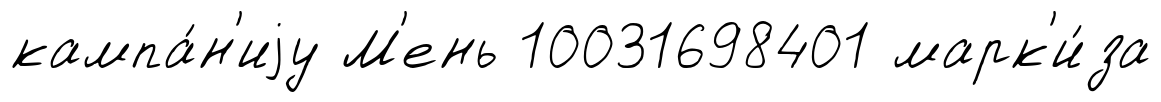
кампа́н'иjу М'ень 10031698401 марк'и́за